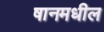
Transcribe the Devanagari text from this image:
षानमधील